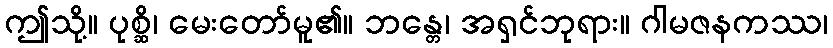
ဤသို့။ ပုစ္ဆိ၊ မေးတော်မူ၏။ ဘန္တေ၊ အရှင်ဘုရား။ ဂါမဇနကဿ၊